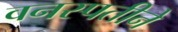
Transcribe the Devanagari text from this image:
वनस्पतीने